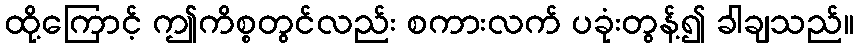
ထို့ကြောင့် ဤကိစ္စတွင်လည်း စကားလက် ပခုံးတွန့်၍ ခါချသည်။